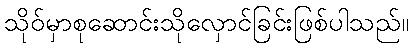
သိုဝ်မှာစုဆောင်းသိုလှောင်ခြင်းဖြစ်ပါသည်။